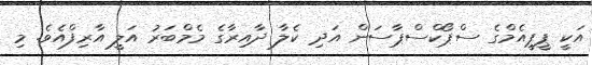
އަކީ ޕީޕީއެމްގެ ސްޕޯކްސްޕާސަން އަދި ކެލާ ދާއިރާގެ މެމްބަރު އަލީ އާރިފްއެވެ. މި